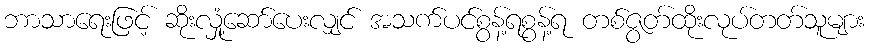
ဘာသာရေးဖြင့် ဆိုးလှုံ့ဆော်ပေးလျှင် အသက်ပင်စွန့်ရစွန့်ရ တစ်ဇွတ်ထိုးလုပ်တတ်သူများ